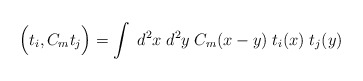
\begin{align*}\Big(t_i,C_m t_j \Big) = \int \; d^2x\; d^2y \; C_m(x-y) \; t_i(x) \; t_j(y)\end{align*}